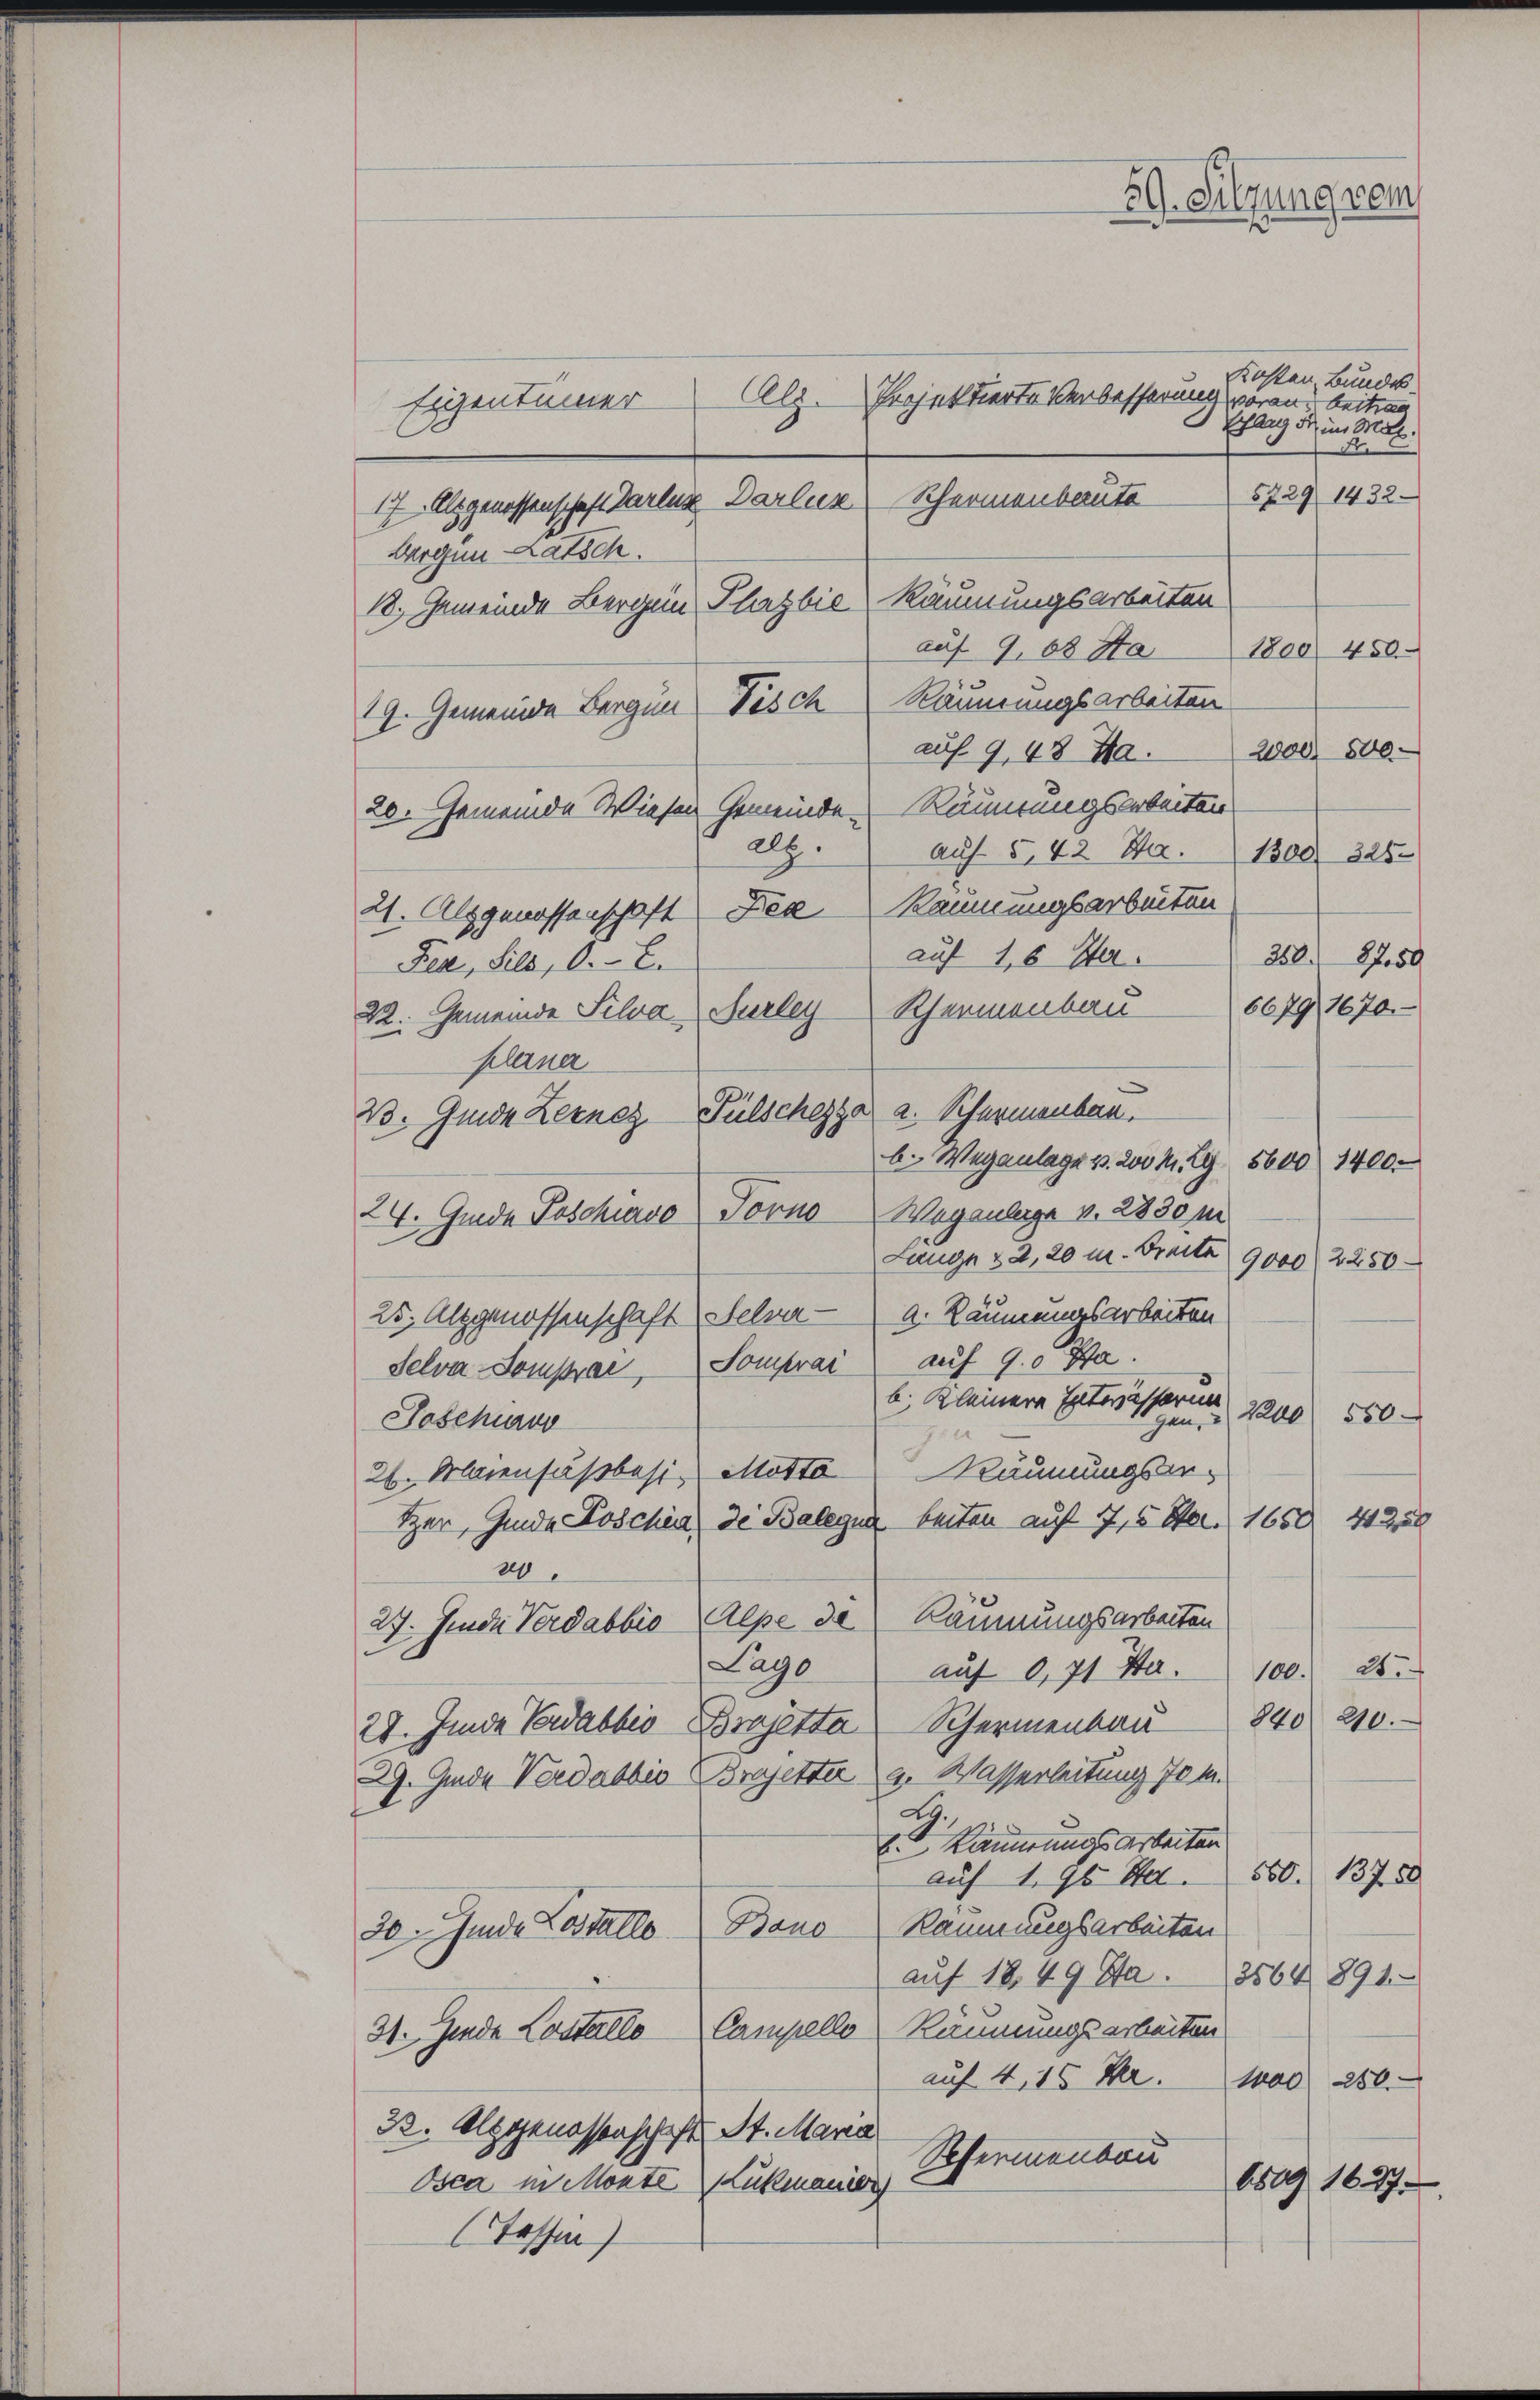
59. Sitzung gem

Kosten Bundes
Al.
Projektierte Verbesserung voraus beitrag
Eigentümer
Schlag der im Mal.
d.
5729 1432
17. Alsgenossenschaft Parlix Darler Schermenbaute
Wergen Ratsch.
18. Gemeinde Bergen Plazbić, Räumungsarbeiten
auf 963 Sta
1800 450
19. Gemeinde Bergen Tisch Räumungsarbeiten
auf 9, 48 Ja.
2000. 500
20. Gemeinde Wiesen Gemeinde Räumungsarbeiten
alz.
auf 5, 42 a. 1300. 325.
21. Alzgenossenschaft Zee Räumungsarbeiten
auf 18 Ja
250. 8750
Fea, Sils, O.- 2.
6679, 1670.
22. Gemeinde Silva Surley Rhermenbau
plerner
B. Gmde Kerner Fülschezza a. Schurmenbar.
b. Weganlage p. 200 M. Z. 5600 1400.
24. Grede Poschiavo Forno Wegenlage v. 2330 m
Lauge 32, 20 u. Breite 9000 (2250
25, Alpgenossenschaft Helver a. Räumungsarbeiten
Selva Somprae, Somprai: auf 9. Sta
b. Kleinere Enteresserun
7200
550
gen,
Joschiavo
Räumungsver¬
26. Maienfassbesi, Motta
Ser, Gmde Poschin, de Balegen beiten auf 7,5 M. 1650. 41220
20
27. Junii Verdabbio Alpe de Räumungsarbeiten
Lago
auf 0,71 S. 100. 25.
840. 210.
Schermenbau
28. Junii Verdabbio Brajetta
29. Jede Verdabbio Brajetter a. Wasserleitung 70 M.
G.
1
b. Kannungsarbeiten
auf 1. 96 Al. 560. 13750
Räumungsarbeiten
Bano
20. Junde Testallo
aŭf 1849 Sa. 3564. 891
Campelle Räumungsarbeiten
31. Jede Lostallo
auf 4, 15 Fr. 100 250.
22. Alpgenossenschaft St. Maria
Sofernenbau
1509 1627.
Osca in Monte Lukmanidig
Tassen)